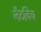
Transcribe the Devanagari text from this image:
नैटविच